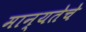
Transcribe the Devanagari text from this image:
मान्यतेचे